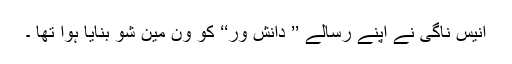
انیس ناگی نے اپنے رسالے ’’ دانش وَر‘‘ کو ون مین شو بنایا ہوا تھا ۔